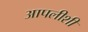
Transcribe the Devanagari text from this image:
आपलीशी